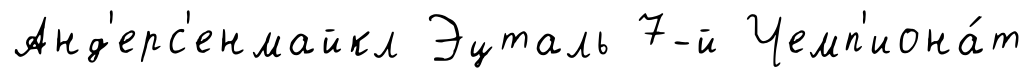
Анд'ерс'енмайкл Эцталь 7-й Чемп'иона́т